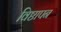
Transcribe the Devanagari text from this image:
विष्ठापन